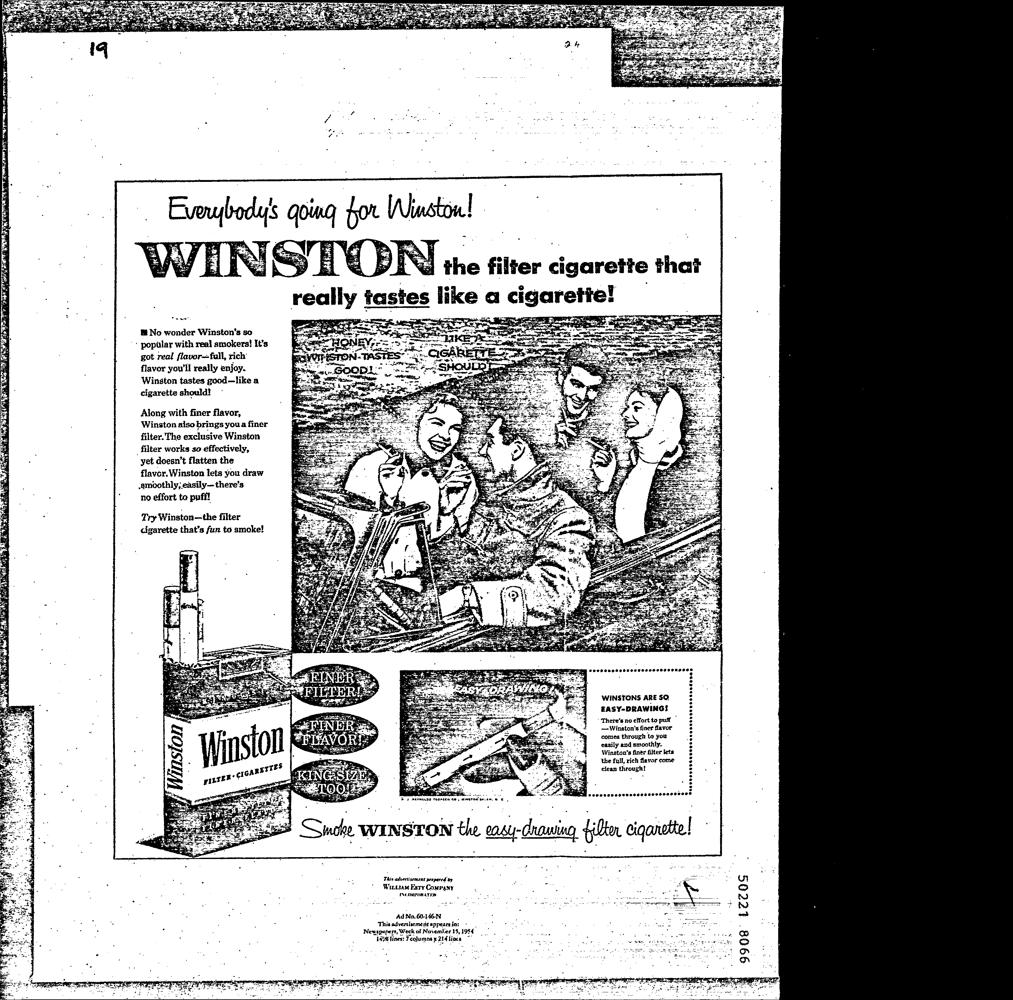
@ No wonder Winston's so
 ’ popilar with real smokers! It’s
 got real flavor~fall, rich’
 flavor you'll really enjoy.
 Winston tastes good—like a
 cigarette should!
 Along with finer flavor,
 Winston also brings youa finer
 filter. The exclusive Winston
 filter works so effectively,
 yet doesn’t flatten the
 flaver. Winston lets you draw
 amoothly, easily—there’s
 no effort to puff!
 Try Winston—the filter
 cigarette that’s fun to smoke!
 Cveranececsencesovescorssses
 WINSTONS ARE so
 EASY-DRAWING!
 ’ There's no eHort to puff .
 — Winston's finer favor
 comes through to you
 easily and smoothly.
 Winston’s finer filter lets
 ‘the full, rich flavor come
 clean through!
 BE ccvcvevcesvccceseccscosones®
 chasing, {ion egonte|
 This advertisement prepared by
 Wirtsan Esty Company
 TNC ORT. ATER
 Ad No. 60-146-.N,
 Thisadvertisement appearsja: -
 Newspapers, Weck of November 15,1954
 1a6@ lines: Feojumpns x 214 lines -
 9908 1ZZ0S |